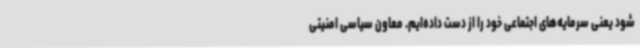
شود یعنی سرمایه‌های اجتماعی خود را از دست داده‌ایم. معاون سیاسی امنیتی